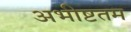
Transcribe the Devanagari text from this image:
अभीष्टतम